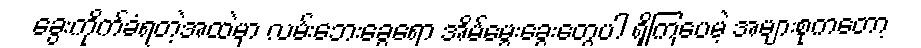
ခွေးကိုက်ခံရတဲ့အထဲမှာ လမ်းဘေးခွေရော အိမ်မွေးခွေးတွေပါ ရှိကြပေမဲ့ အများစုကတော့